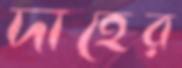
দাহের